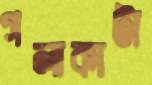
গলাকাটা